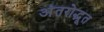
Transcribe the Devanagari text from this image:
अंतरोद्भूत